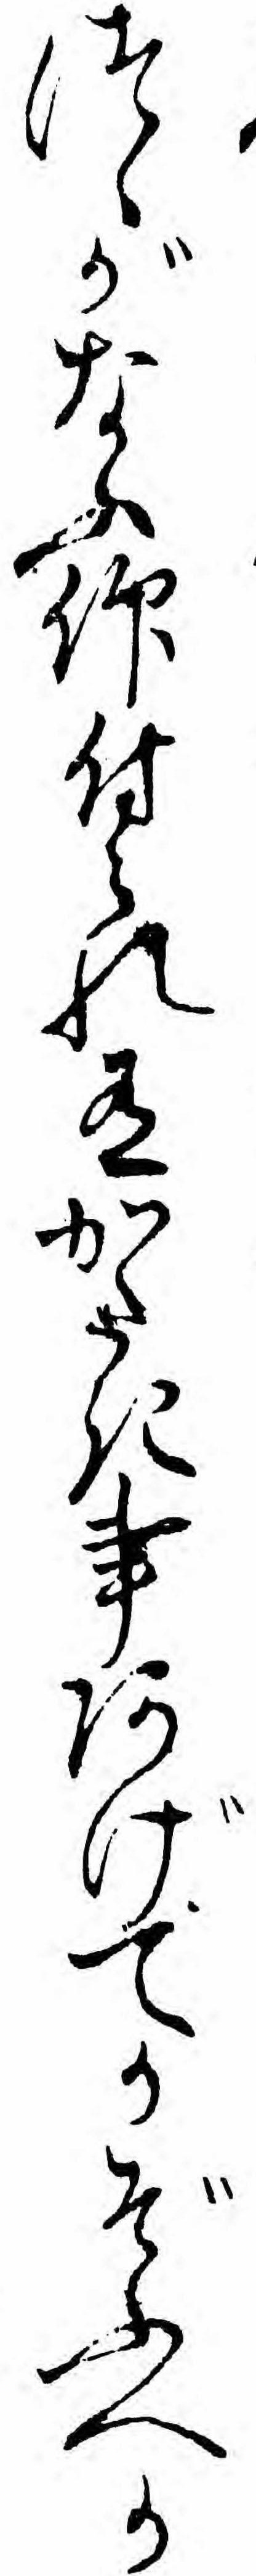
つゝがなふ仰付られ有かたき事あげてかぞふへか